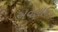
અવલાદ